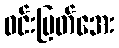
ဝင်းမြတ်အေး